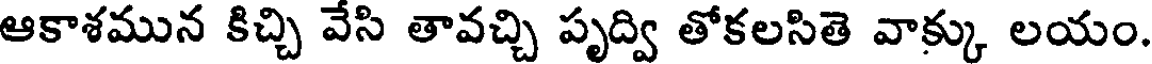
ఆకాశమున కిచ్చి వేసి తావచ్చి పృద్వి తోకలసితె వాక్కు లయం.